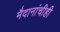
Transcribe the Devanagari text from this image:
मैदानांचीही